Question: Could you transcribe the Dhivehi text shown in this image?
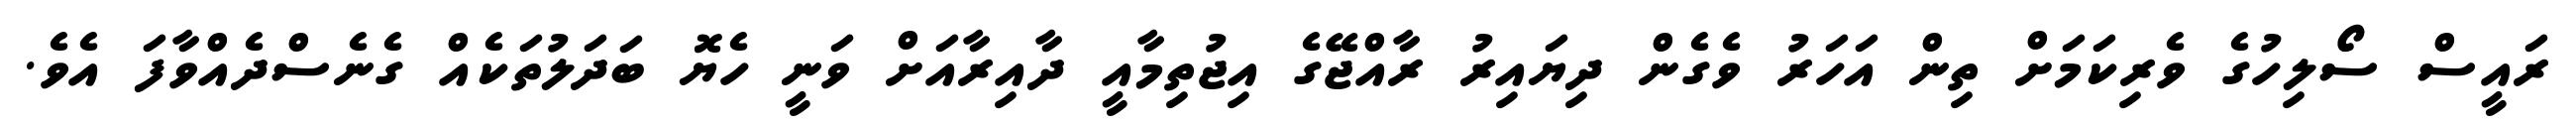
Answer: ރައީސް ސޯލިހުގެ ވެރިކަމަށް ތިން އަހަރު ވެގެން ދިޔައިރު ރާއްޖޭގެ އިޖުތިމާއީ ދާއިރާއަށް ވަނީ ހެޔޮ ބަދަލުތަކެއް ގެނެސްދެއްވާފަ އެވެ.